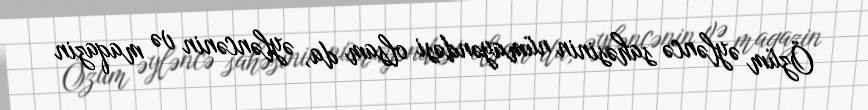
Özüm əyləncə sahəsinin nümayəndəsi olsam da, əyləncənin və maqazin